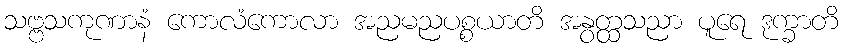
သဗ္ဗသကုဏာနံ ကောလံကောလာ အညမညပစ္စယာတိ အနွတ္ထသညာ ပူရေ ဒုက္ခာတိ